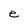
Character: e